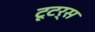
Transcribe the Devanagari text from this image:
टूटर्स